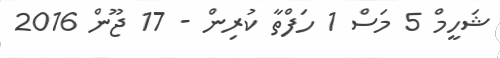
ޝަހީމް 5 މަސް 1 ހަފްތާ ކުރިން - 17 ޖޫން 2016